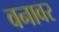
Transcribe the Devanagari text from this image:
वनावर